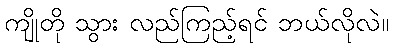
ကျိုတို သွား လည်ကြည့်ရင် ဘယ်လိုလဲ။